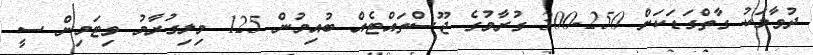
ދުވާލަކު ގާތްގަޑަކަށް 250-300 ގުރާމުގެ ޖޫސްތައްޓެއް ބުއިމުން 125 މިލިގުރާމު ވިޓަމިން ސީ